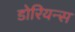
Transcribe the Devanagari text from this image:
डोरियन्स